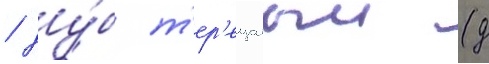
/ ду́б т'ер'ещатыи (д